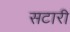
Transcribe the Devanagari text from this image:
सटारी